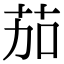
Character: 茄